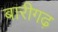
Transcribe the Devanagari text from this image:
बारीगढ़